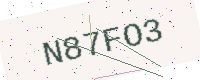
Text: N87FO3